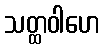
သတ္ထဝါဟေ